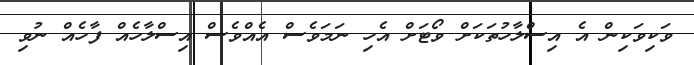
ވަކިވަކިން އެ އިސްލާހުތަކަށް ވޯޓަށް އެހި ނަމަވެސް އެއްވެސް އިސްލާހެއް ފާހެއް ނުވި